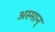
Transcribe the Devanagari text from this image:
अस्मान्